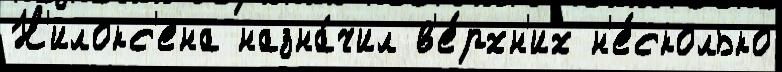
Н'илокс'ена назна́чил в'е́рхн'их н'е́сколько